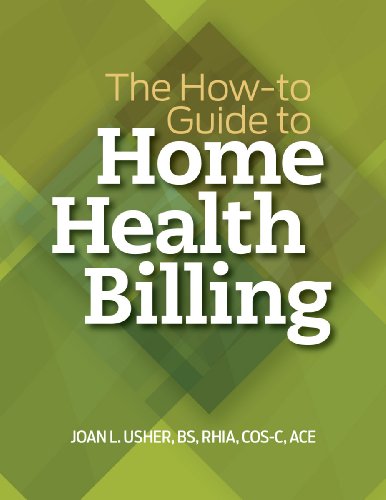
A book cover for The How-to Guide to Home Health Billing; HCPro; Medical Books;